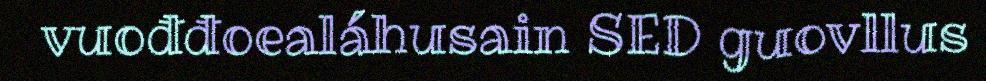
vuođđoealáhusain SED guovllus